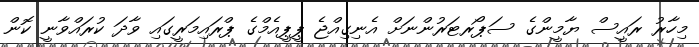
މިހާރު ރައީސް ޔާމީންގެ ސަޕޯރޓަރުންނަށް އެނިގިއްޖެ ޕީޕީއެމްގެ ޕްރައިމަރީގައި ވާދަ ކުރައްވާނީ ކޮން